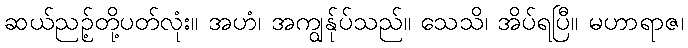
ဆယ်ညဉ့်တို့ပတ်လုံး။ အဟံ၊ အကျွန်ုပ်သည်။ သေသိ၊ အိပ်ရပြီ။ မဟာရာဇ၊